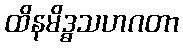
ထိနမိဒ္ဓသဟဂတာ